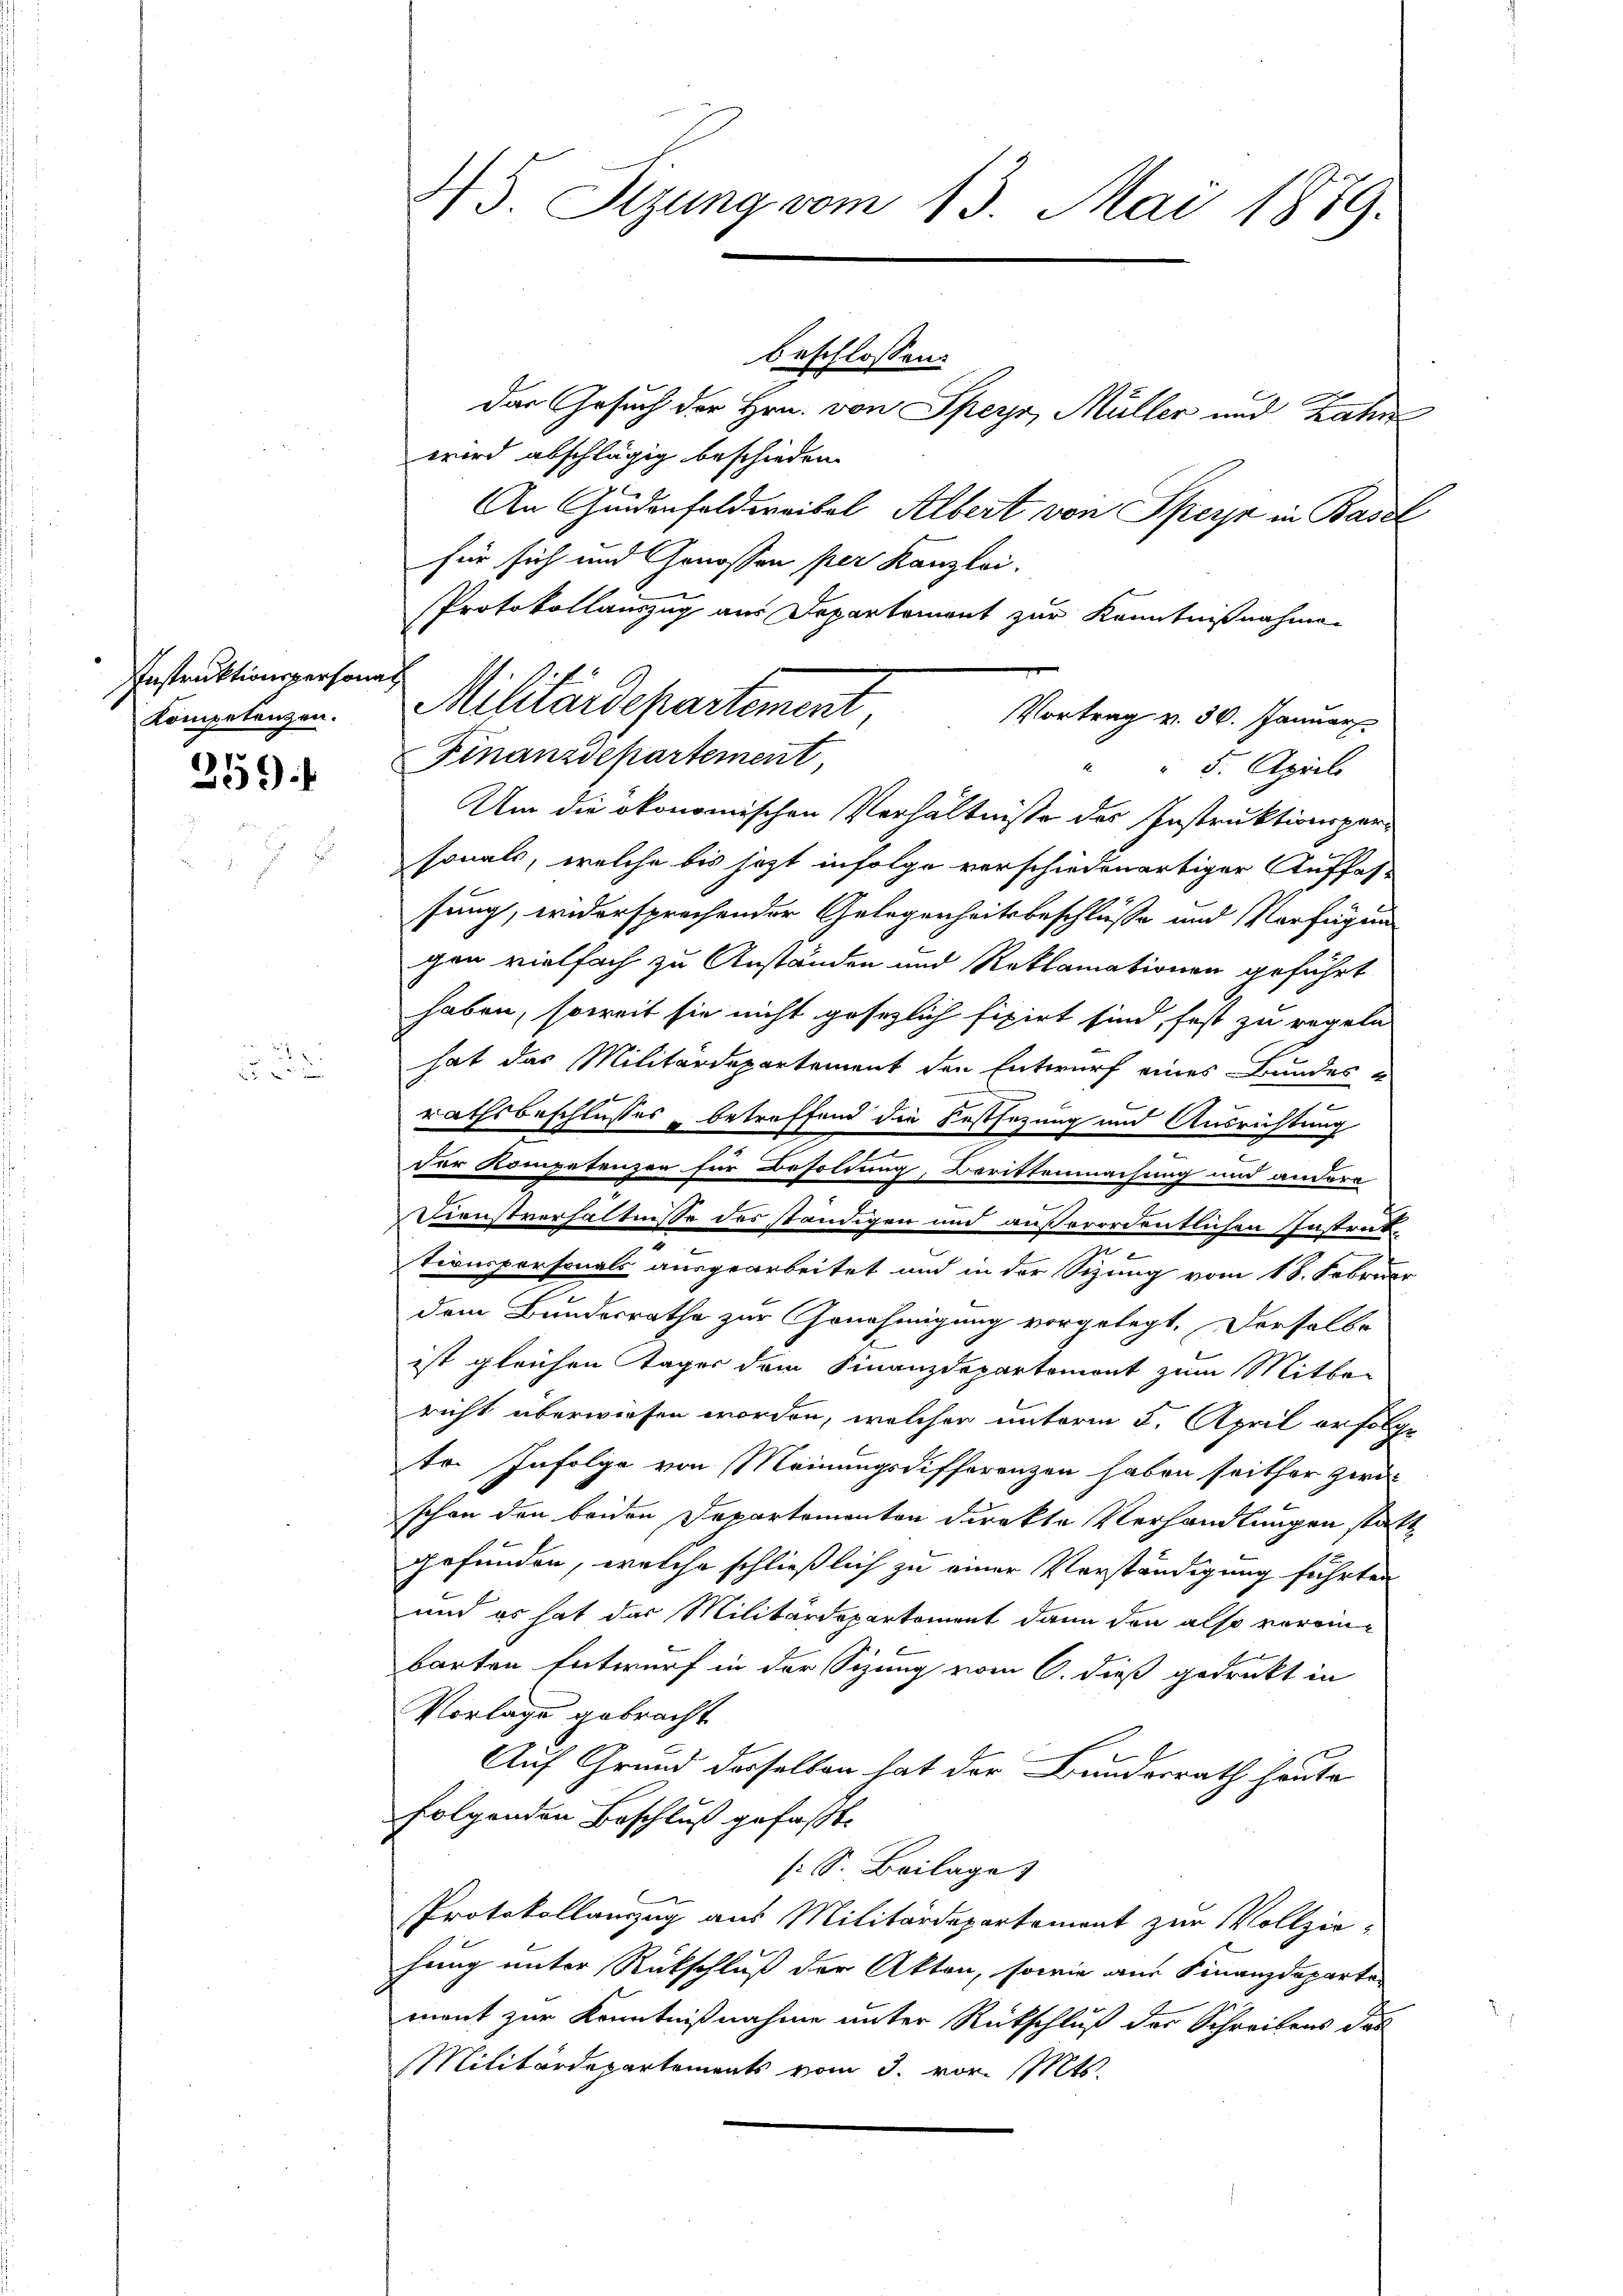
IInstruktionsperson
Kompetenzen.

259.

2

45. Sizung vom 13. Mai 1879.

beschlossen:

wird abschlägig beschieden.
An Gedenfeldweibel Albert von Sperja in Basel
für sich und Genossen per Kanzlei.
Protokollauszug aus Departement zur Kenntnißnahmen
" 5. April
Um die ökonomischen Verhältnisse des Instruktionsporsonals, welche bis jetzt infolge verschiedenartiger Auffas-
sung, widersprechender Gelegenheitsbeschlüsse und Verfügung
gen vielfach zu Anständen und Reklamationen geführt
haben, soweit sie nicht gesezlich fixirt sind, fest zu regeln
hat das Militärdepartement den Entwurf eines Bundes 4

rathsbeschlusses, betreffend die Festsezung und Ausrichtung
2
der Kompetenzen für Besoldung, Berittenmachung und andere
Dienstverhältnisse des ständigen und außerordentlichen Instrat
e
m
tionspersonals ausgearbeitet und in der Sizung vom 18. Februar
dem Bundesrathe zur Genehmigung vorgelegt, derselbe
ist gleichen Tages dem Finanzdepartement zum Mitbe-
richt überwiesen worden, welcher unterm 5. April erfolge
tr. Infolge von Meinungsdifferenzen haben seither zwei
schon den beiden Departemonten direkte Verhandlungen statt
gefunden, welche schließlich zu einer Vorständigung führten
und es hat das Militärdepartement dann den also vereinbarten Entwurf in der Sizung vom 6. dieß gedruckt in
Vorlage gebracht
Auf Grund derselben hat der Bundesrath heute
folgenden Beschluß gefaßt.
s: S. Beilage
Protokollauszug aus Militärdepartement zur Vollzie-
hung unter Rückschluß der Akten, sowie aus Finanzdeparte
ment zur Kenntnißnahme unter Rückschluß der Schreibens das
Militärdepartements vom 3. vor. Mts.

Das Gesuch der Hrn. von Sperr, Müller und Zahn

Militärdepartement,
Vortrag v. 30. Januar
Finanzdepartement,